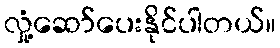
လှုံ့ဆော်ပေးနိုင်ပါတယ်။